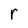
Character: r